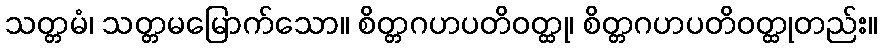
သတ္တမံ၊ သတ္တမမြောက်သော။ စိတ္တဂဟပတိဝတ္ထု၊ စိတ္တဂဟပတိဝတ္ထုတည်း။